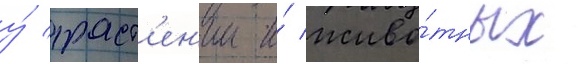
у́ раст'ен'ии и́ живо́тных